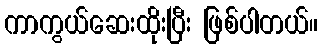
ကာကွယ်ဆေးထိုးပြီး ဖြစ်ပါတယ်။